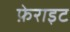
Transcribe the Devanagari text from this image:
फ़ेराइट